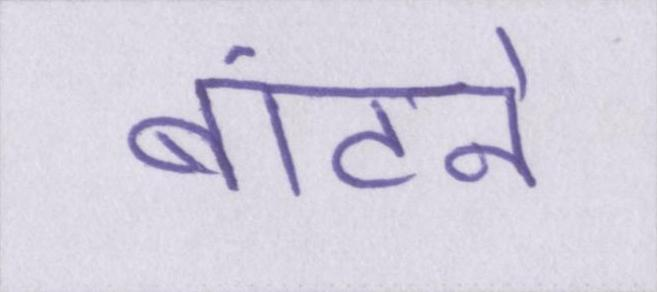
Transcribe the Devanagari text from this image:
बांटने